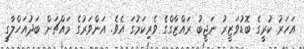
އަހަރު ކުރީގެ ބޮޑުވަޒީރު ނަޖީބު ރައްޒާގްގެ ވެރިކަމުގަ އެވެ. އަންވަރުގެ މައްޗަށް ބަދުއަހްލާގީ